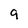
Character: 9